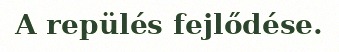
A repülés fejlődése.